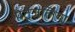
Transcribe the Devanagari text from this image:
पेट्रेजलिया